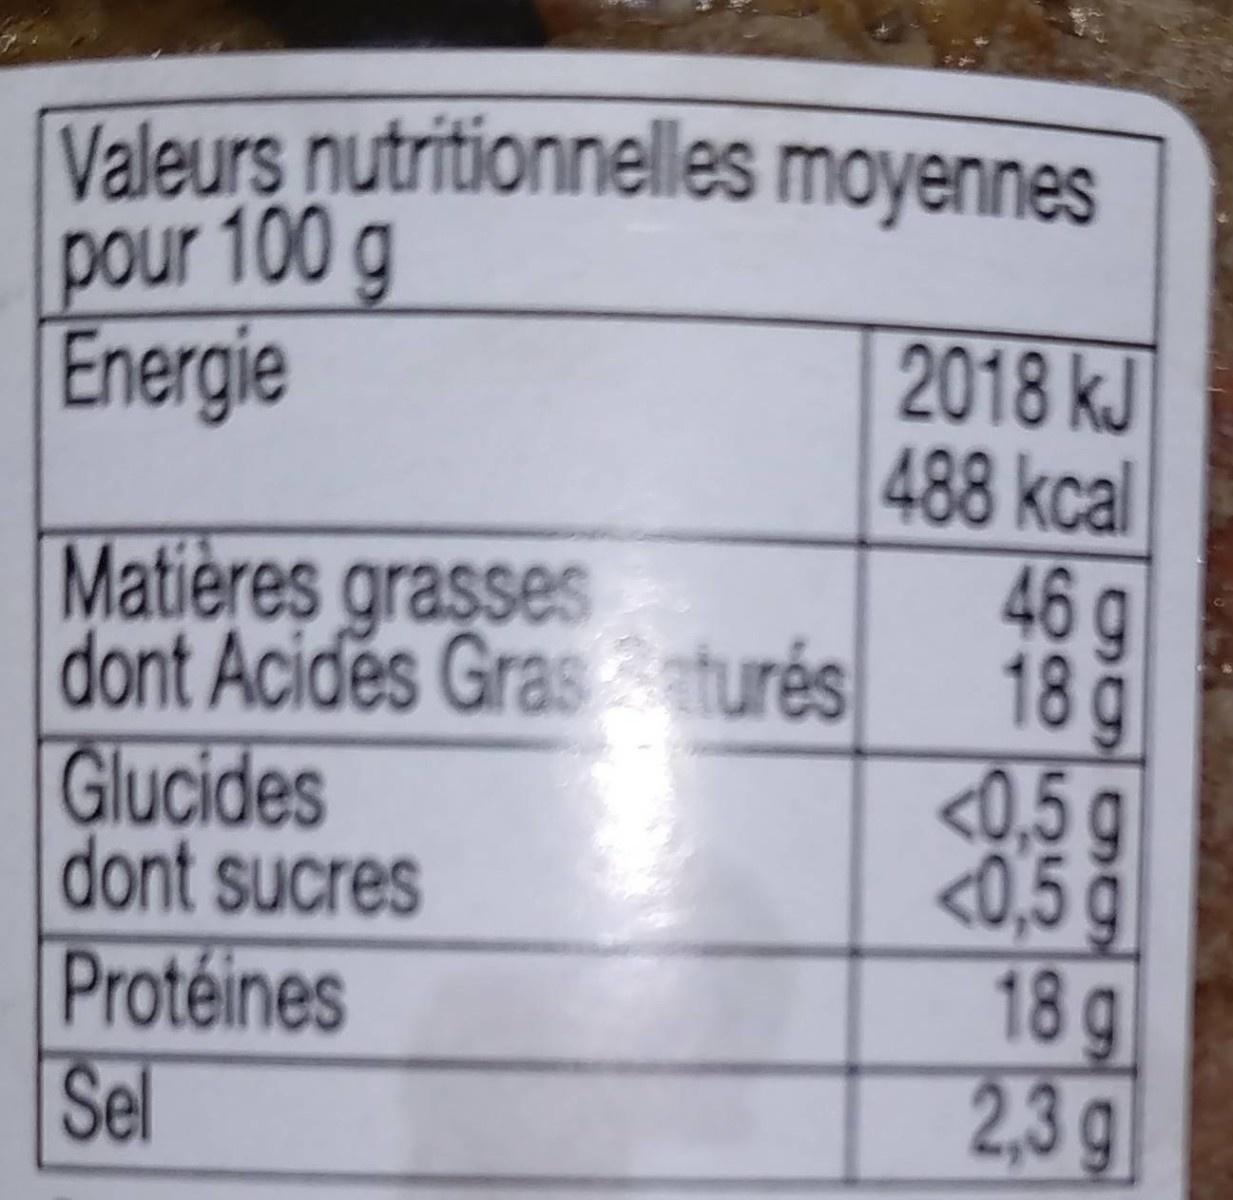
Valeurs nutritionnelles moyennes pour 100 g Energie
Matières grasses dont Acides Gras turés Glucides dont sucres Protéines Sel
2018 kJ 488 kcal 46g 18g <0,5g <0,5 g 18g 2,3g